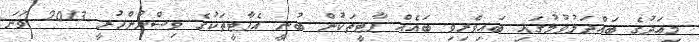
މިއަދުގެ ބައްދަލުވުމުގައި ބައިވެރިވި ބައެއް ޕާޓީތަކުން ބުނީ އެޕާޓީތަކުގެ ވިސްނުންހުރީ 2013 ވަނަ